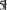
5